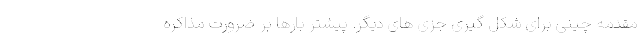
مقدمه چینی برای شکل گیری جزی های دیگر. پیشتر بارها بر ضرورت مذاکره